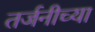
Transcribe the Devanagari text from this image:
तर्जनीच्या